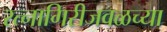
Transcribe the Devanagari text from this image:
रत्नागिरीजवळच्या